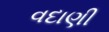
વદાણી